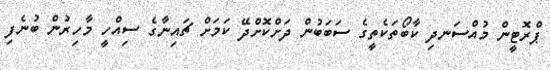
ޕްރޮޓީން މުއްސަނދި ކާބޯތަކެތީގެ ސަބަބުން ދަށްކޮށްދޭ ކަމަށް ޗައިނާގެ ސިއްހީ މާހިރުން ބުނެފި